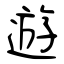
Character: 遊